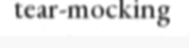
tear-mocking